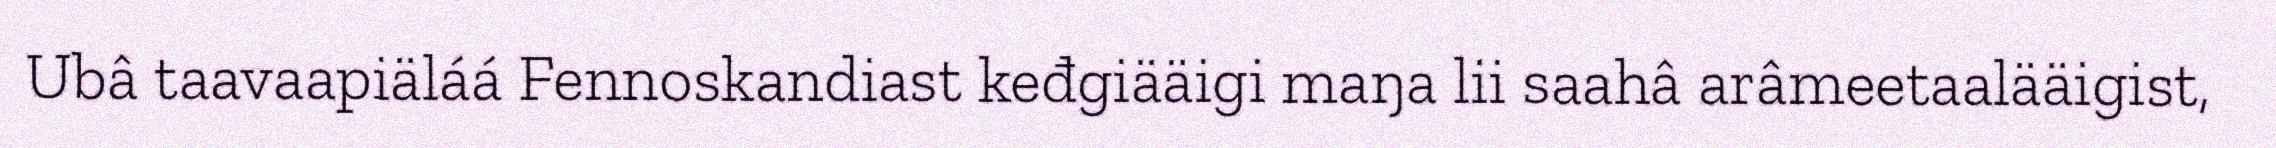
Ubâ taavaapiäláá Fennoskandiast keđgiääigi maŋa lii saahâ arâmeetaalääigist,